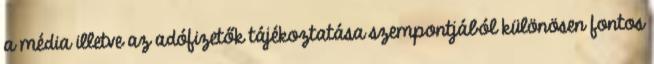
a média illetve az adófizetők tájékoztatása szempontjából különösen fontos